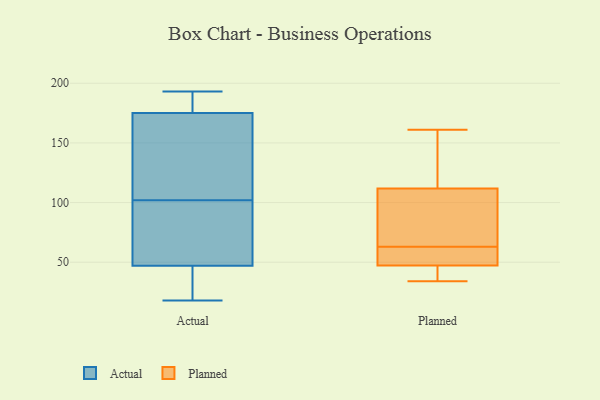
{"axis": {"x": "Headcount", "y": "Value"}, "legend": ["Actual", "Planned"], "data": [{"x": "", "y": 183, "type": "Actual"}, {"x": "", "y": 72, "type": "Actual"}, {"x": "", "y": 189, "type": "Actual"}, {"x": "", "y": 46, "type": "Actual"}, {"x": "", "y": 94, "type": "Actual"}, {"x": "", "y": 167, "type": "Actual"}, {"x": "", "y": 44, "type": "Actual"}, {"x": "", "y": 102, "type": "Actual"}, {"x": "", "y": 190, "type": "Actual"}, {"x": "", "y": 48, "type": "Actual"}, {"x": "", "y": 102, "type": "Actual"}, {"x": "", "y": 193, "type": "Actual"}, {"x": "", "y": 24, "type": "Actual"}, {"x": "", "y": 18, "type": "Actual"}, {"x": "", "y": 183, "type": "Actual"}, {"x": "", "y": 158, "type": "Actual"}, {"x": "", "y": 36, "type": "Actual"}, {"x": "", "y": 111, "type": "Actual"}, {"x": "", "y": 59, "type": "Actual"}, {"x": "", "y": 120, "type": "Actual"}, {"x": "", "y": 105, "type": "Planned"}, {"x": "", "y": 34, "type": "Planned"}, {"x": "", "y": 114, "type": "Planned"}, {"x": "", "y": 146, "type": "Planned"}, {"x": "", "y": 75, "type": "Planned"}, {"x": "", "y": 63, "type": "Planned"}, {"x": "", "y": 42, "type": "Planned"}, {"x": "", "y": 45, "type": "Planned"}, {"x": "", "y": 59, "type": "Planned"}, {"x": "", "y": 54, "type": "Planned"}, {"x": "", "y": 161, "type": "Planned"}]}